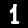
Label: 1